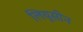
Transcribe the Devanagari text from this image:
लियूसीन